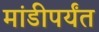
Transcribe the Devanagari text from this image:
मांडीपर्यंत